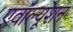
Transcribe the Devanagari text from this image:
एवॉल्यूशन